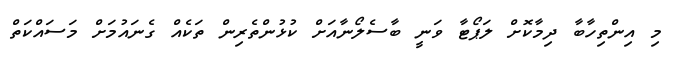
މި އިންތިހާބާ ދިމާކޮށް ލަޕޯޓާ ވަނީ ބާސެލޯނާއަށް ކުޅުންތެރިން ތަކެއް ގެނައުމަށް މަސައްކަތް